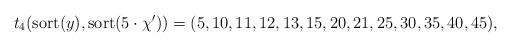
LaTeX: \begin{align*}t_4(\mbox{sort}(y),\mbox{sort}(5\cdot\chi'))=(5,10,11,12,13,15,20,21,25,30,35,40,45),\end{align*}